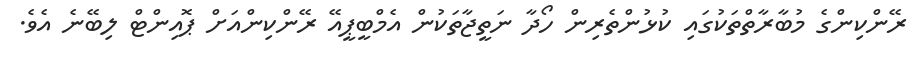
ރޭންކިންގެ މުބާރާތްތަކުގައި ކުޅުންތެރިން ހޯދާ ނަތީޖާތަކުން އެމްބީޕީއޭ ރޭންކިންއަށް ޕޮއިންޓް ލިބޭނެ އެވެ.